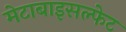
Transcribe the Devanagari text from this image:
मेटाबाइसल्फेट